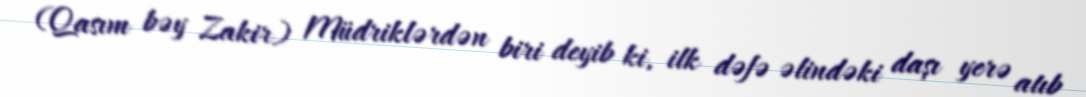
(Qasım bəy Zakir) Müdriklərdən biri deyib ki, ilk dəfə əlindəki daşı yerə atıb